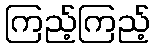
ကြည့်ကြည့်